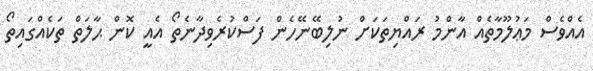
އެއްވެސް މަޢުލޫމާތެއް އާންމު ރައްޔިތަކަށް ނުލިބޭނޭހެން ފަސްކުރެވިދާނެތޯ އެއީ ކޮން ޙާލަތް ތަކެއްގައިތޯ